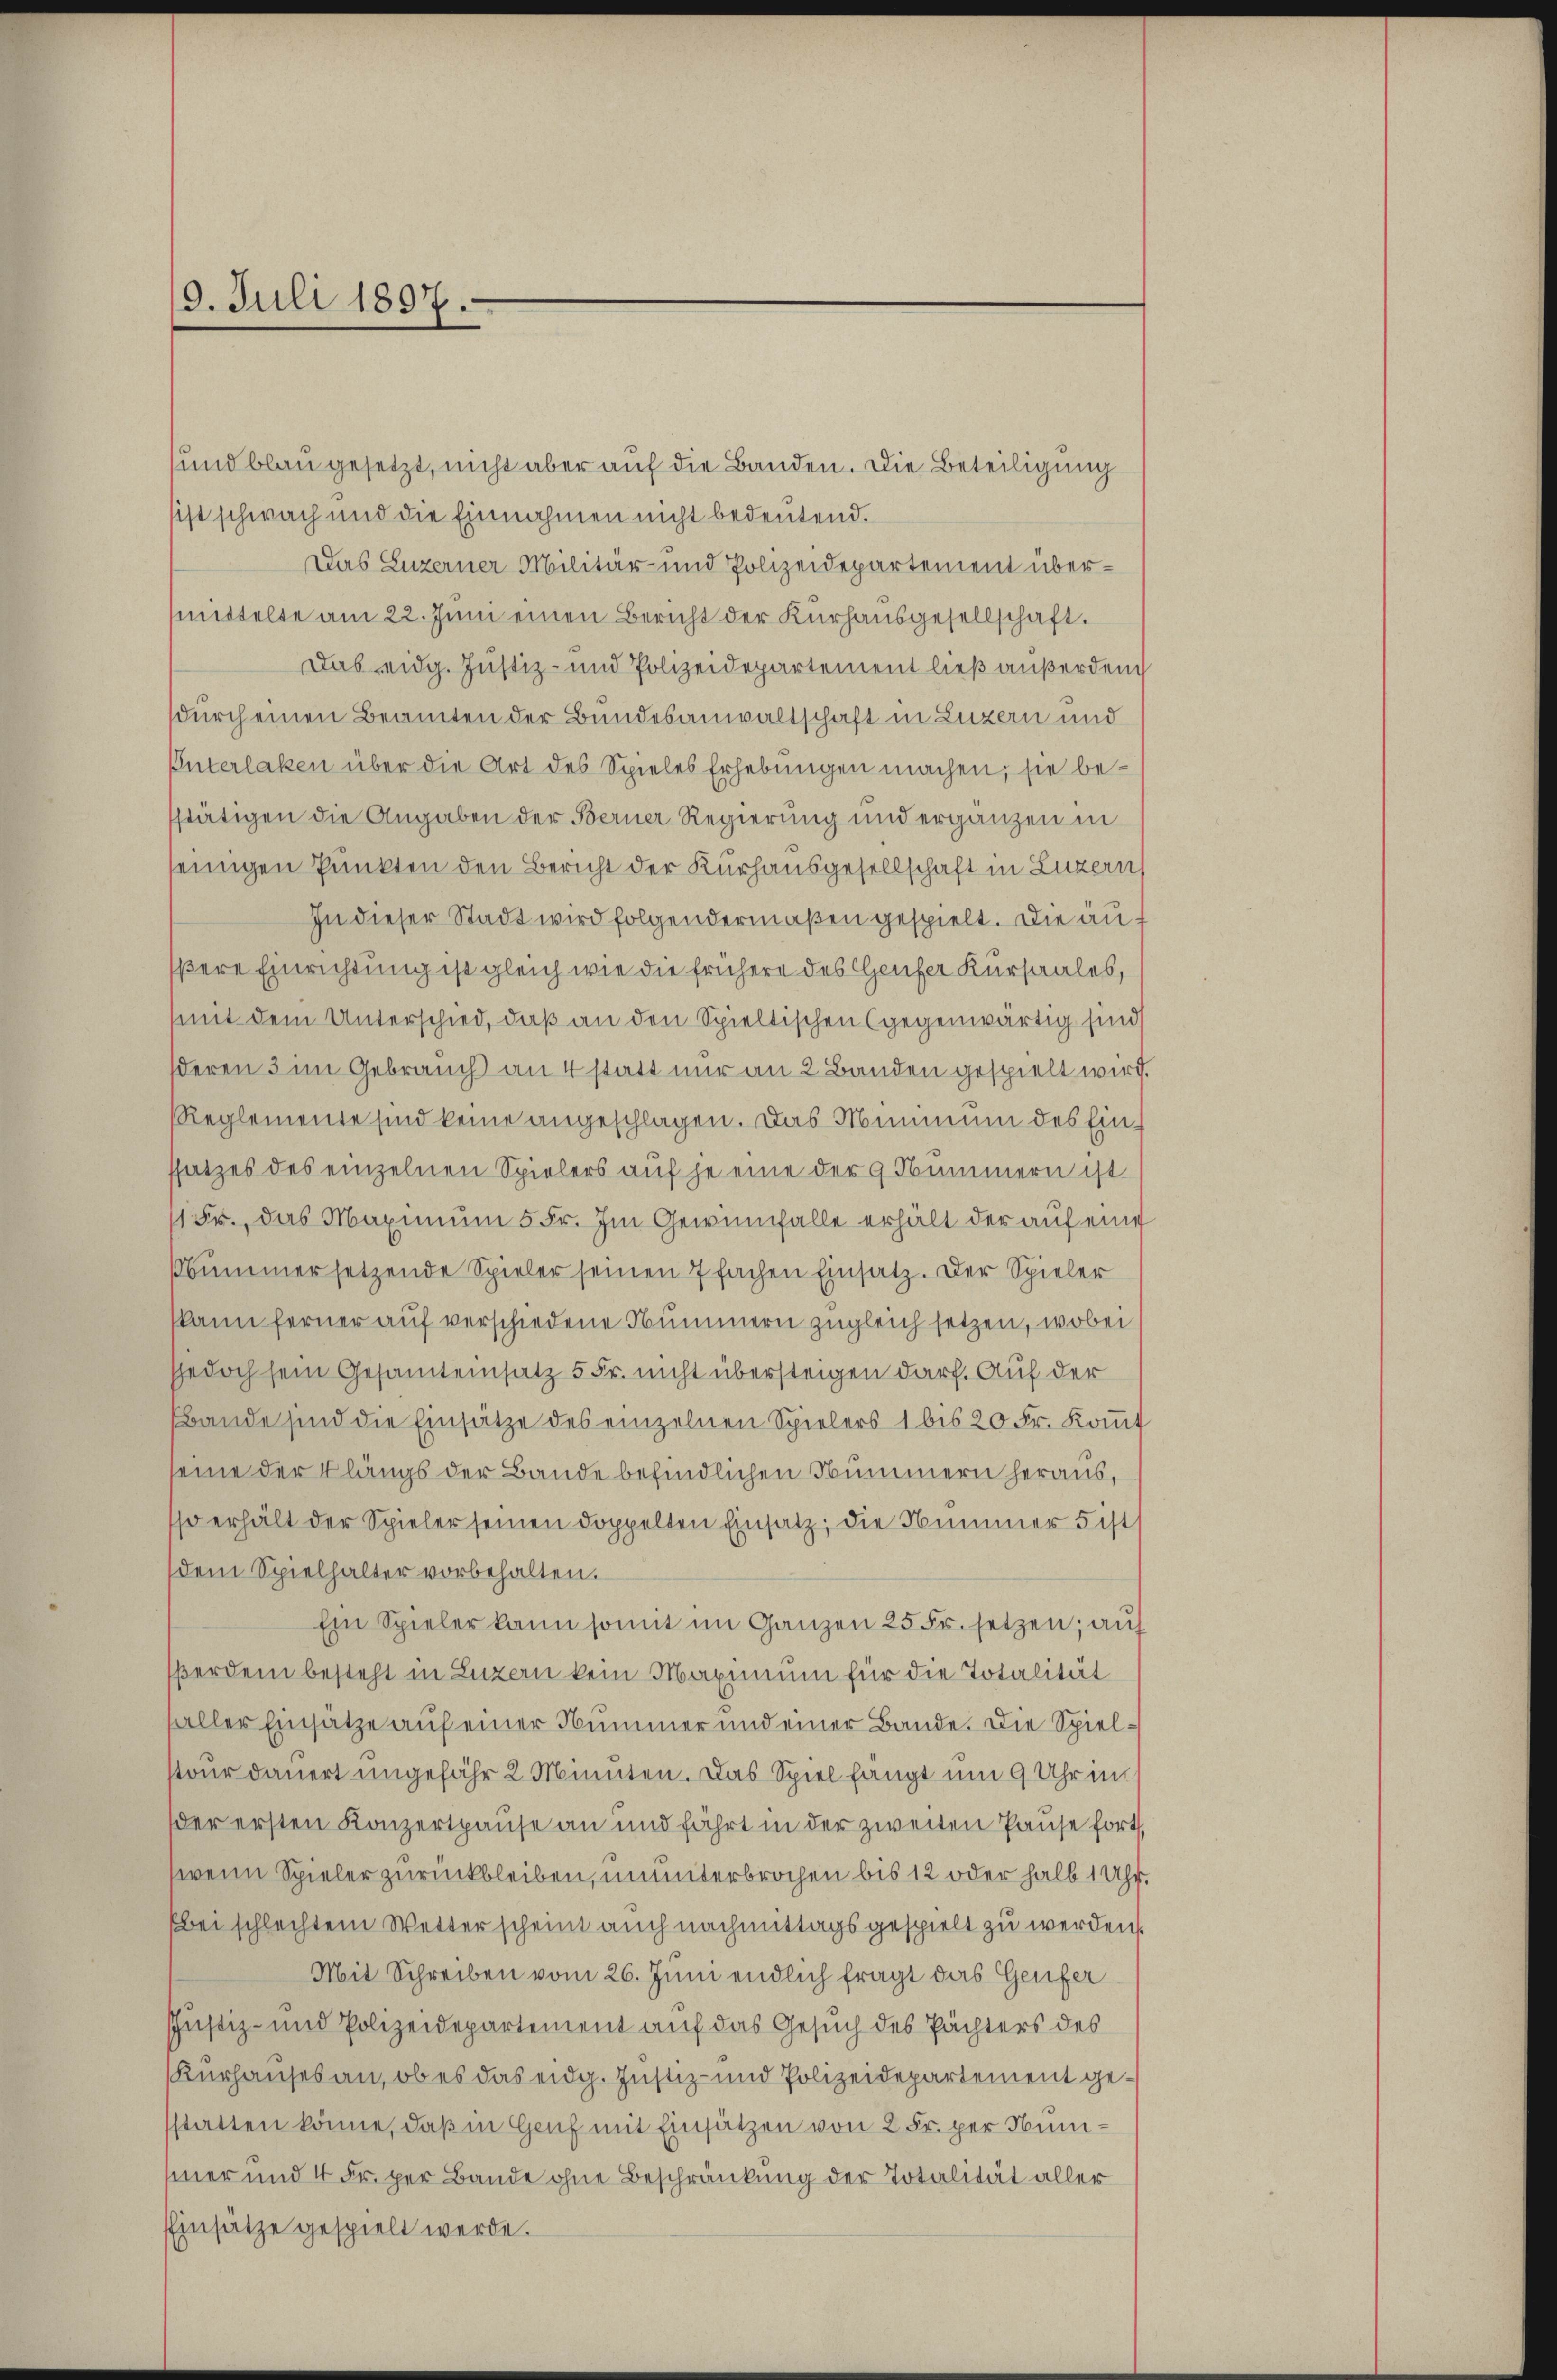
9. Juli 1897.

und blau gesetzt, nicht aber auf die Banden. Die Beteiligung
sist schwach und die Einnahmen nicht bedeutend.
Das Luzerner Militär- und Polizeidepartement übermmittelte am 22. Juni einen Bericht der Kurhausgesellschaft.
Das eidg. Justiz- und Polizeidepartement ließ außerden
durch einen Beamten der Bundesanwaltschaft in Luzern und
Interlaken über die Art des Spieles Erhebungen machen; sie bestätigen die Angaben der Berner Regierung und ergänzen in
seinigen Punkten den Bericht der Kurhausgesellschaft in Luzern,
In dieser Stadt wird folgendermaßen gespielt. Die äusere Einrichtung ist gleich wie die frühere des Genfer Kursaales,
mit dem Unterschied, daß an den Spieltischen (gegenwärtig sind
deren 3 im Gebrauch an 4 statt nur an 2 Banden gespielt wird.
Reglemente sind keine angeschlagen. Das Minimum des Einssatzes des einzelnen Spielers auf je eine der 9 Nummern ist
1 Fr., das Maximum 5 Fr. Im Gewinnfalle erhält der auf eine
Nummersetzende Spieler seinen fachen Einsatz. Der Spieler
(kann ferner auf verschiedene Nummern zugleich setzen, wobei
jedoch sein Gesamteinsatz 5 Fr. nicht übersteigen darf. Auf der
Bande sind die Einsätze des einzelnen Spielers 1 bis 20 Fr. Koṁt
seine der Klängs der Bande befindlichen Nummern heraus,
so erhält der Spieler seinen doppelten Einsatz, die Nummer 5 ist
dem Spielhalter vorbehalten.
Ein Spieler kann somit im Ganzen 25 Fr. setzen; auf
ßerdem besteht in Luzern kein Maximum für die Totalität
saller Einsätze auf einer Nummer und einer Bande. Die Spielstour dauert ungefähr 2 Minuten. Das Spiel hängt um 9 Uhr in
der ersten Konzertpause an und fährt in der zweiten Pause fort,
wenn Spieler zurückbleiben, ununterbrochen bis 12 oder halb 1 Uhr.
bei schlechtem Wetter scheint auch nachmittags gespielt zu werden.
Mit Schreiben vom 26. Juni endlich fragt das Genfer
JJustiz- und Polizeidepartement auf das Gesuch des Pächters des
Kurhauses an, ob es das eidg. Justiz- und Polizeidepartement gestatten könne, daß in Genf mit Einsätzen von 2 Fr. per Nummer und 4 Fr. per Bande ohne Beschränkung der Totalität aller
Einsätze gespielt werde.